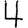
Digit: 4